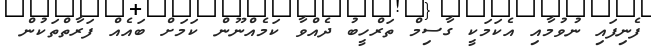
ފެނިފައި ނުވުމާއި އެކަމަކީ ގާސިމް ތަރްހީބު ދެއްވާ ކަމެއްނޫން ކަމަށް ބައެއް ފަރާތްތަކުން